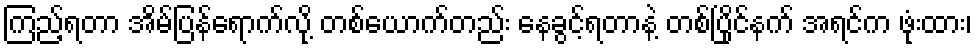
ကြည့်ရတာ အိမ်ပြန်ရောက်လို့ တစ်ယောက်တည်း နေခွင့်ရတာနဲ့ တစ်ပြိုင်နက် အရင်က ဖုံးထား၊